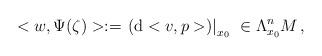
LaTeX: \begin{align*} <w , \Psi(\zeta) > := \left. \left( \mbox{\rm d} <v , p > \right) \right|_{x_0} \ \in \Lambda_{x_0} ^{n}M\, ,\end{align*}